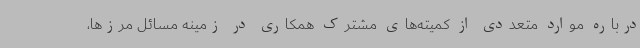
درباره موارد متعددی از کمیته‌های مشترک همکاری در زمینه مسائل مرزها،